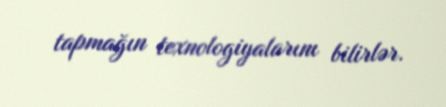
tapmağın texnologiyalarını bilirlər.